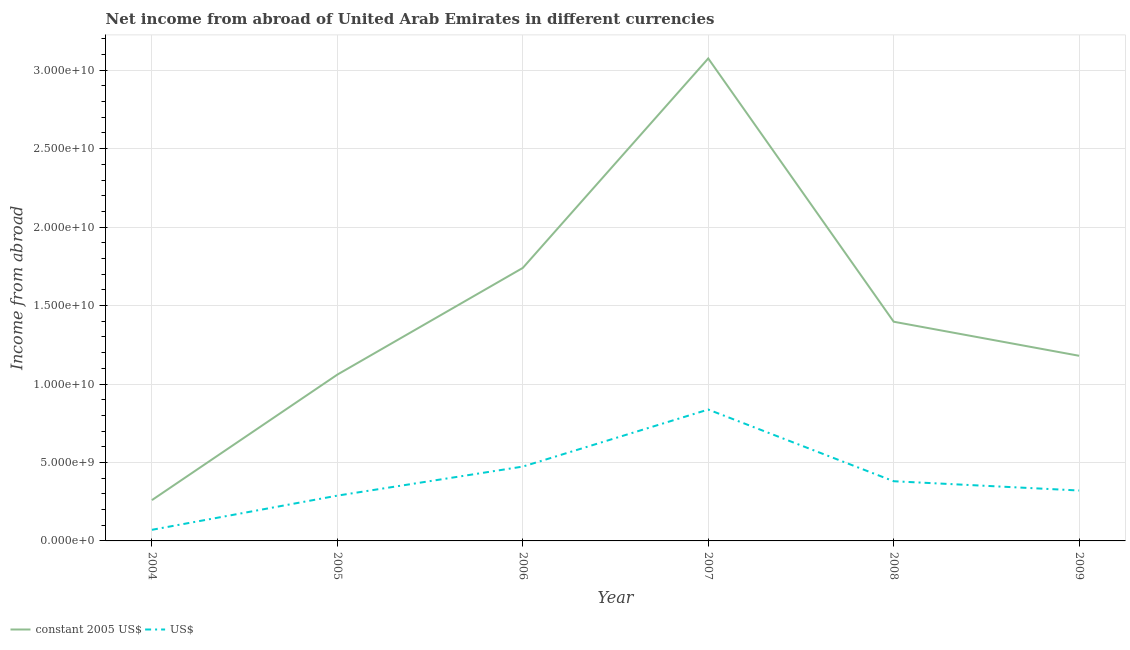
| Year | constant 2005 US$ | US$ |
 | --- | --- | --- |
 | 2004 | 2.6e+09 | 7.08e+08 |
 | 2005 | 1.06e+10 | 2.89e+09 |
 | 2006 | 1.74e+10 | 4.74e+09 |
 | 2007 | 3.08e+10 | 8.37e+09 |
 | 2008 | 1.4e+10 | 3.8e+09 |
 | 2009 | 1.18e+10 | 3.21e+09 |